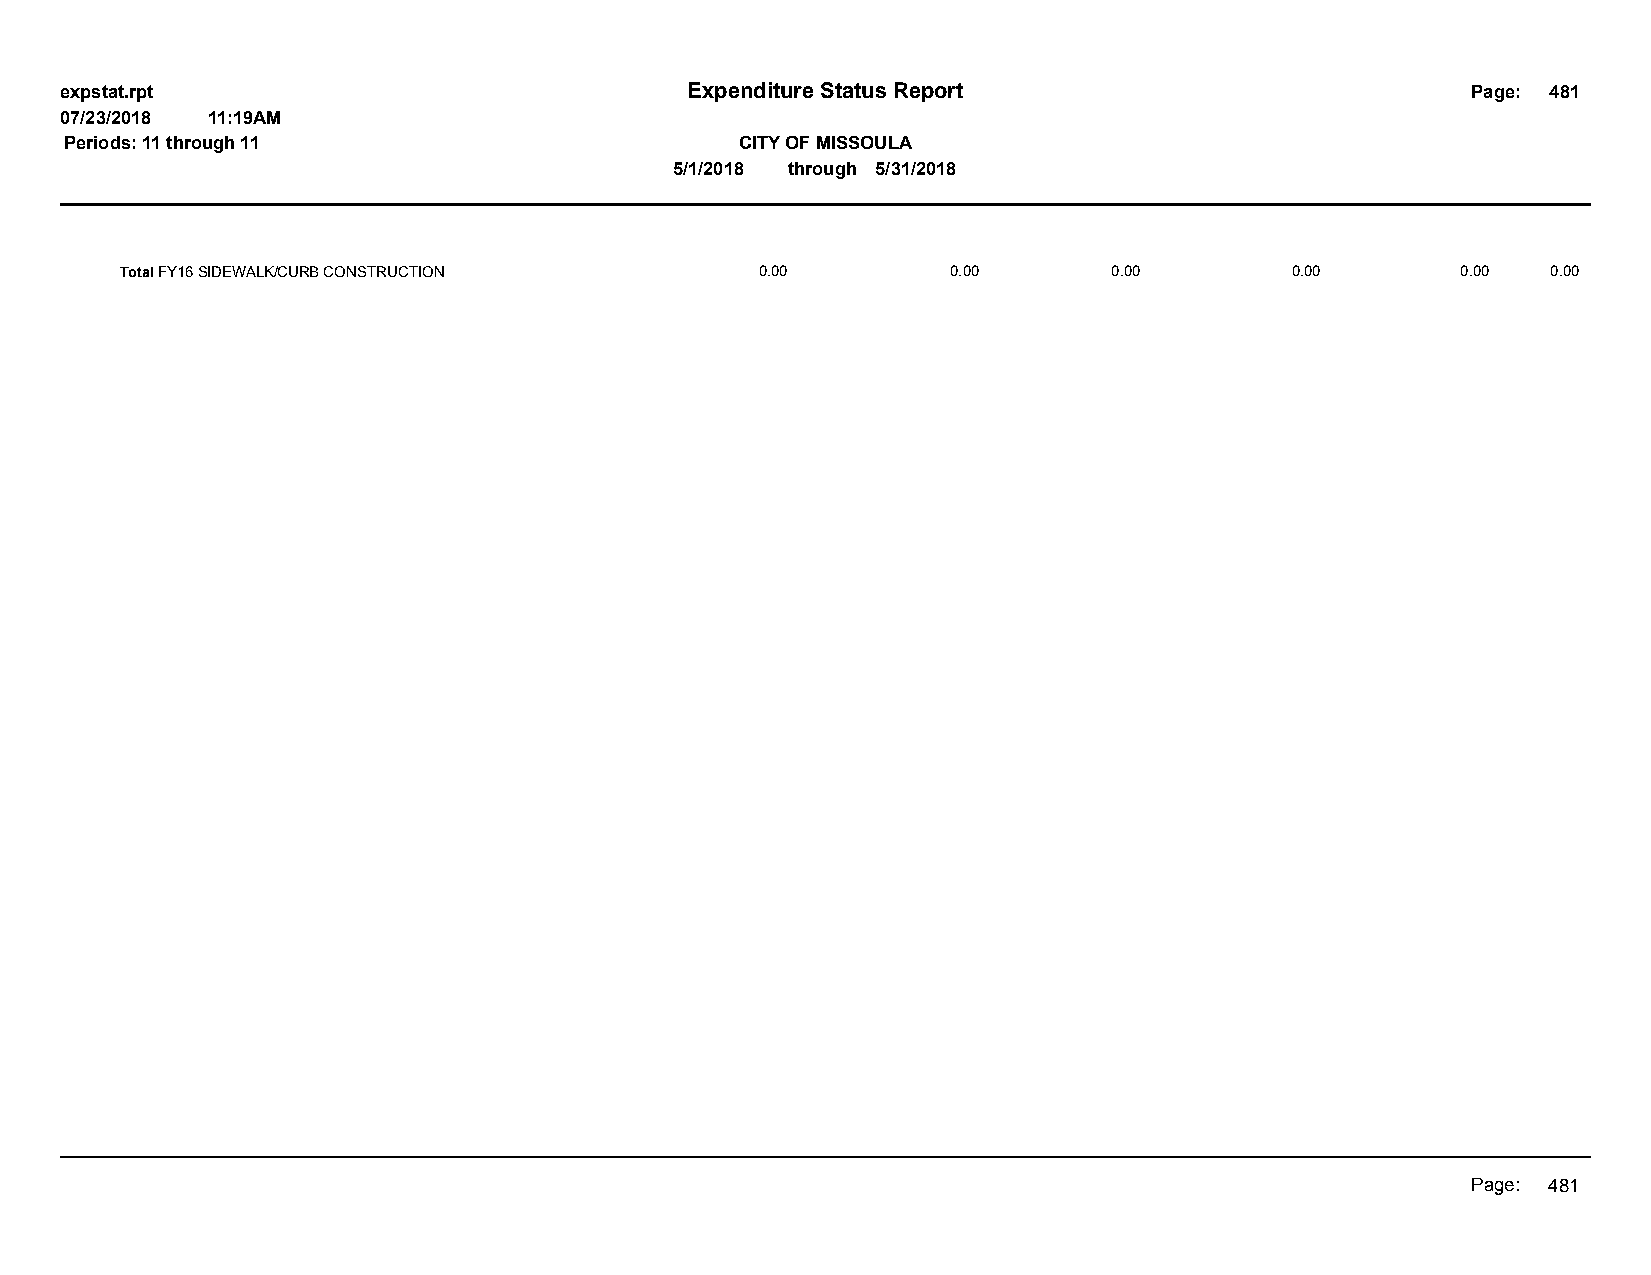
expstat.rpt                              Expenditure Status Report                           Page: 481
 07/23/2018 11:19AM
 Periods: 11 through 11                       CITY OF MISSOULA
 5/1/2018 through 5/31/2018
 Total FY16 SIDEWALK/CURB CONSTRUCTION     0.00         0.00       0.00       0.00        0.00  0.00
 Page: 481